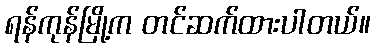
ရန်ကုန်မြို့က တင်ဆက်ထားပါတယ်။